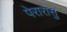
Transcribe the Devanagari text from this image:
पेरारासु